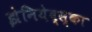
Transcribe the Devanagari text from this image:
झेनियेव्स्का